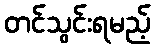
တင်သွင်းရမည့်